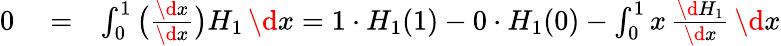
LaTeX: \begin{array}{rlr}{0}&{{}\stackrel{}{=}}&{\int_{0}^{1}\big(\frac{\d x}{\d x}\big)H_{1}\, \d x=1\cdot H_{1}(1)-0\cdot H_{1}(0)-\int_{0}^{1}x\, \frac{\d H_{1}}{\d x}\, \d x}\end{array}